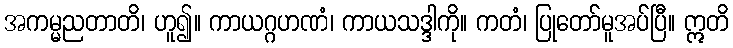
အကမ္မညတာတိ၊ ဟူ၍။ ကာယဂ္ဂဟဏံ၊ ကာယသဒ္ဒါကို။ ကတံ၊ ပြုတော်မူအပ်ပြီ။ ဣတိ